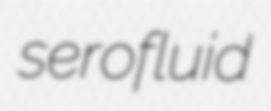
serofluid